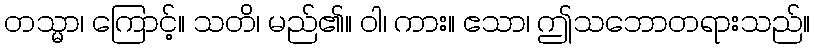
တသ္မာ၊ ကြောင့်။ သတိ၊ မည်၏။ ဝါ၊ ကား။ ဧသာ၊ ဤသဘောတရားသည်။